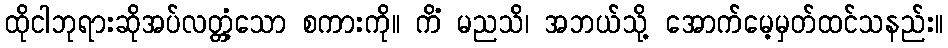
ထိုငါဘုရားဆိုအပ်လတ္တံ့သော စကားကို။ ကိံ မညသိ၊ အဘယ်သို့ အောက်မေ့မှတ်ထင်သနည်း။